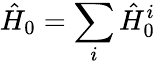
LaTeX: \hat{H}_{0}=\sum_{i}\hat{H}_{0}^{i}